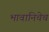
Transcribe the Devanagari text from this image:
भावानिचेच